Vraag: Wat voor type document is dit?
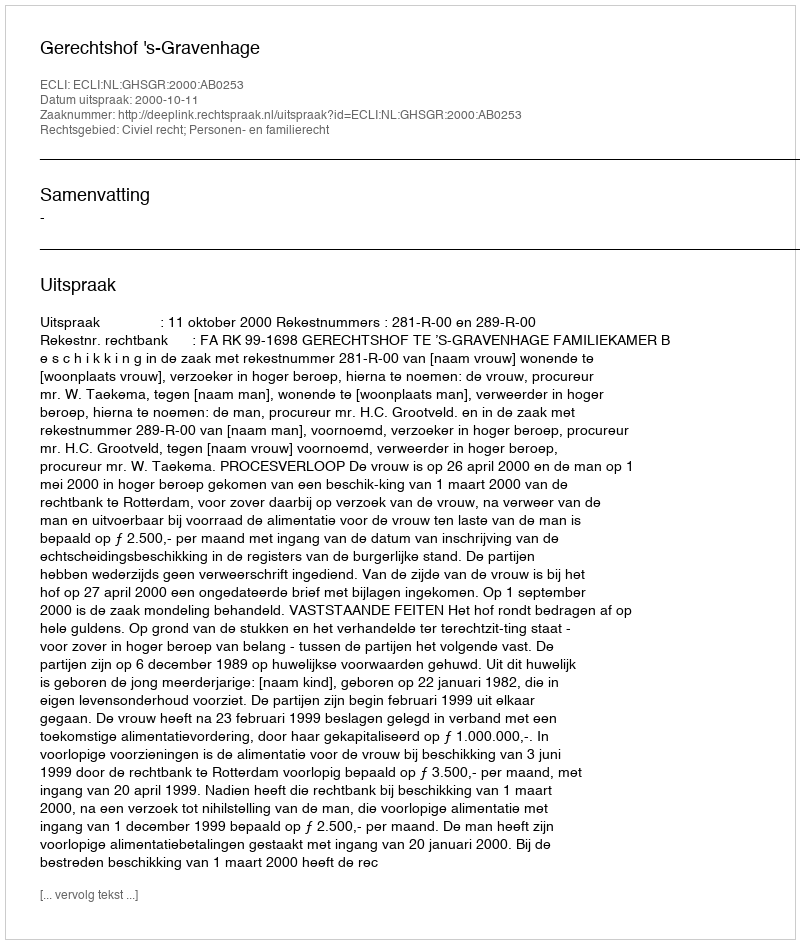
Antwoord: Uitspraak